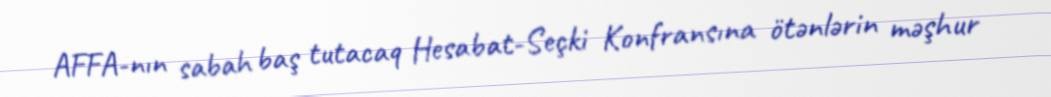
AFFA-nın sabah baş tutacaq Hesabat-Seçki Konfransına ötənlərin məşhur